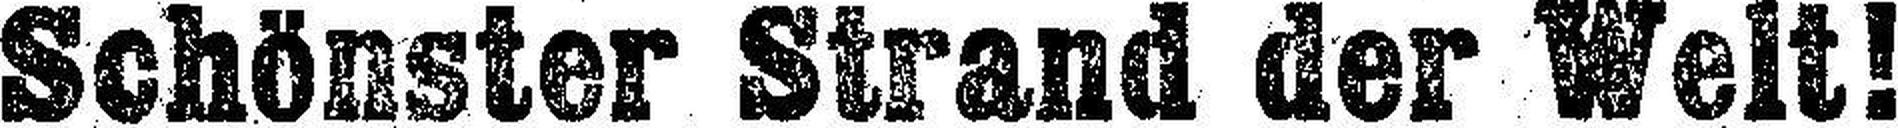
Schönster Strand der Welt!